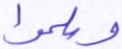
وسلموا